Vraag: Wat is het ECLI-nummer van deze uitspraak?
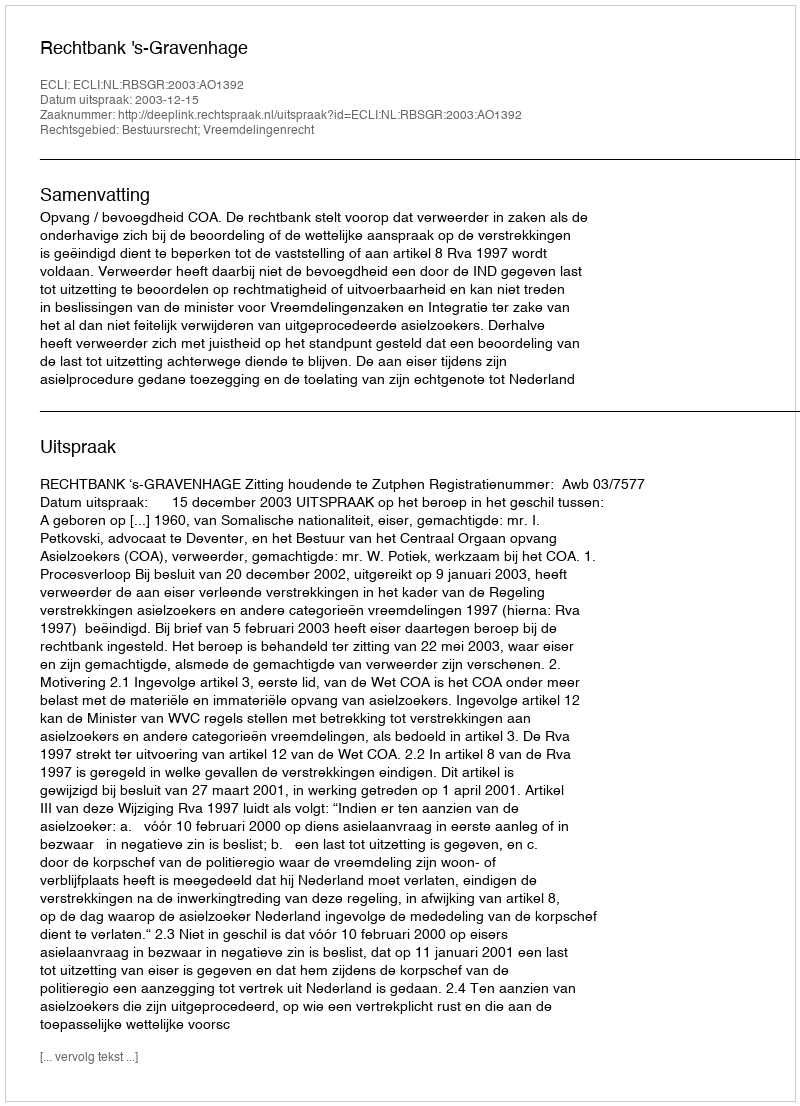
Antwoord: ECLI:NL:RBSGR:2003:AO1392